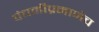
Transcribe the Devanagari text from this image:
पंचमीप्रमाणेच